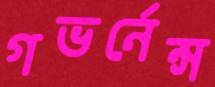
গভর্নেন্স